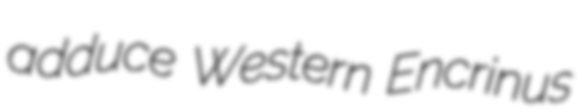
adduce Western Encrinus